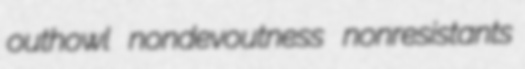
outhowl nondevoutness nonresistants